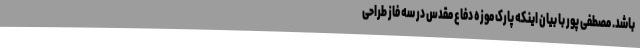
باشد. مصطفی پور با بیان اینکه پارک موزه دفاع مقدس در سه فاز طراحی